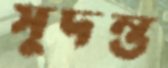
সুদন্ত